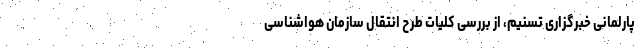
پارلمانی خبرگزاری تسنیم، از بررسی کلیات طرح انتقال سازمان هواشناسی